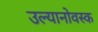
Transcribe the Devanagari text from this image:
उल्यानोवस्क